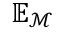
\mathbb { E } _ { \mathcal { M } }